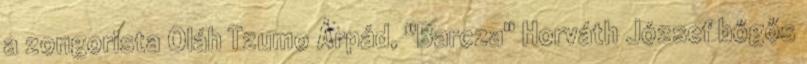
a zongorista Oláh Tzumo Árpád, "Barcza" Horváth József bőgős